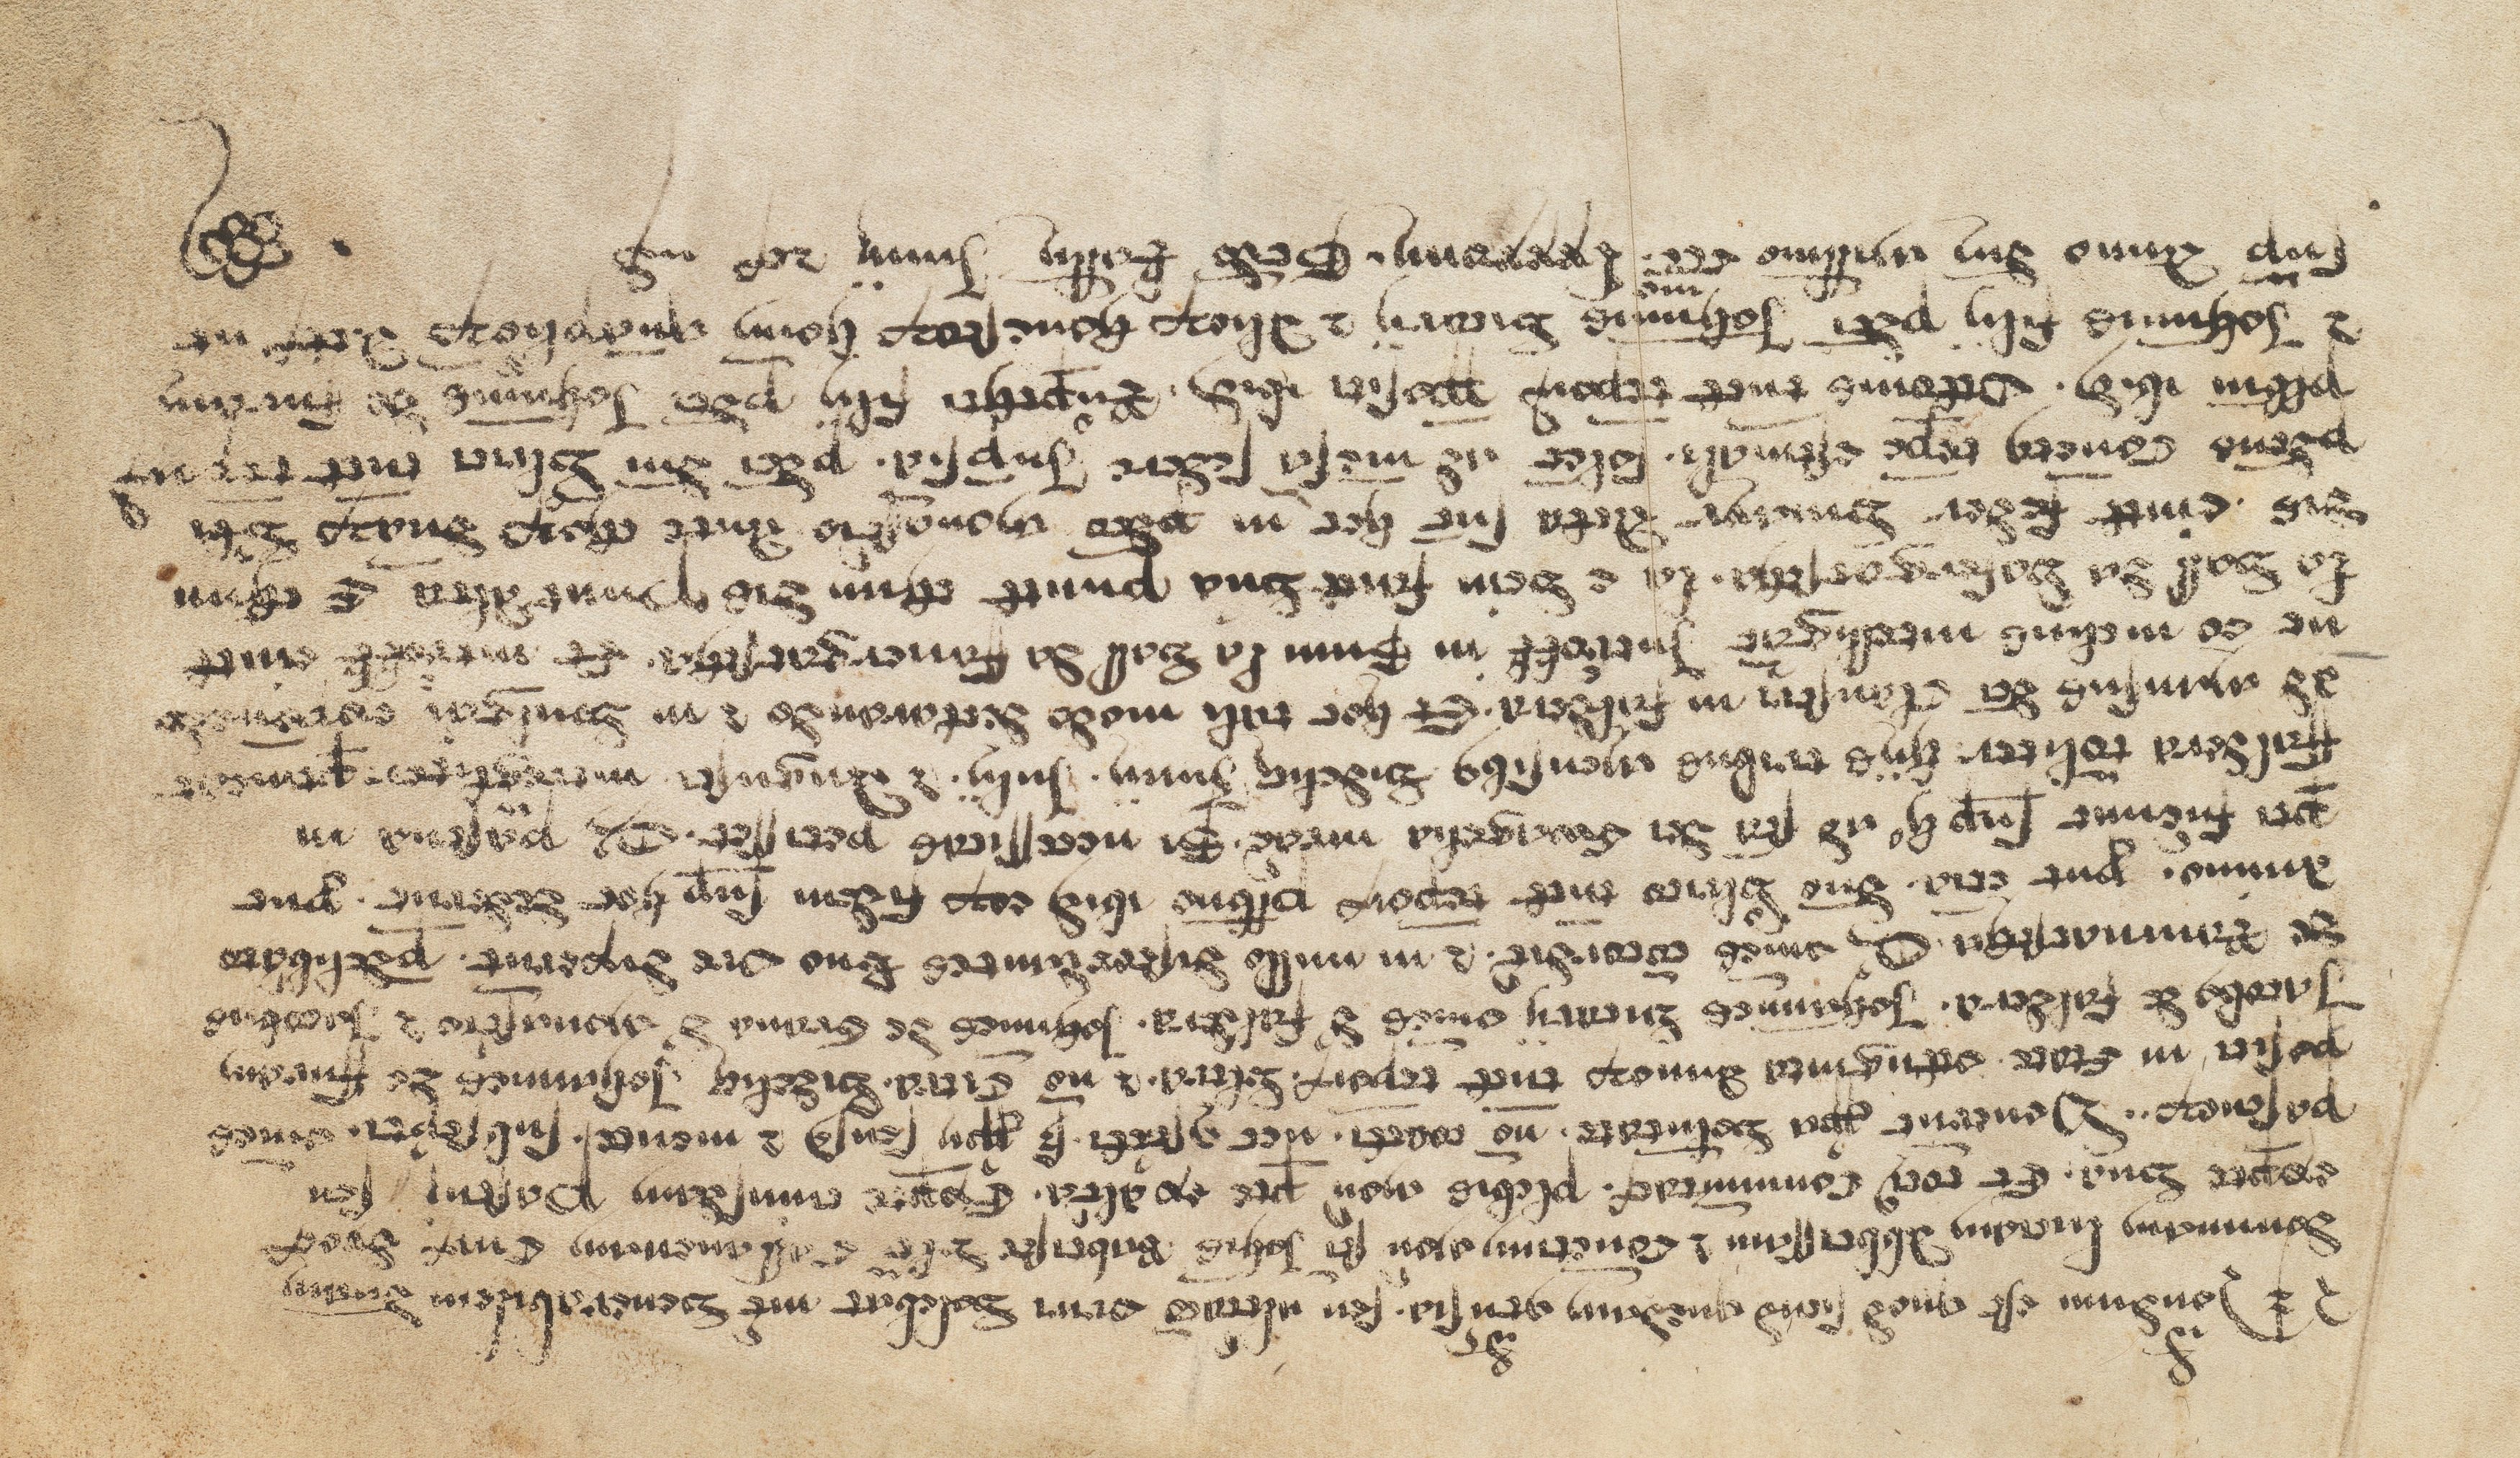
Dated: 1394–1394